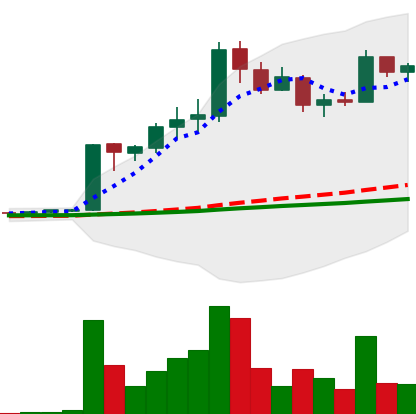
Ticker: LTC-USD
Chart end date: 2017-04-14
Forward return: -7.044%
Label: down_7plus